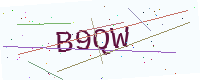
Text: B9QW